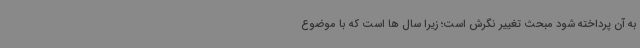
به آن پرداخته شود مبحث تغییر نگرش است؛ زیرا سال ها است که با موضوع